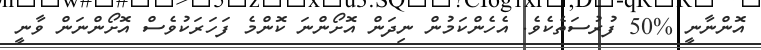
އޮންނާނީ %50 ފުރުސަތެކެވެ. އެހެންކަމުން ނިދަން އޮށޯންނަ ކޮންމެ ފަހަރަކުވެސް އޮށޯންނަން ވާނީ